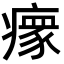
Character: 𬏺